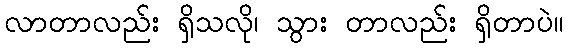
လာတာလည်း ရှိသလို၊ သွား တာလည်း ရှိတာပဲ။